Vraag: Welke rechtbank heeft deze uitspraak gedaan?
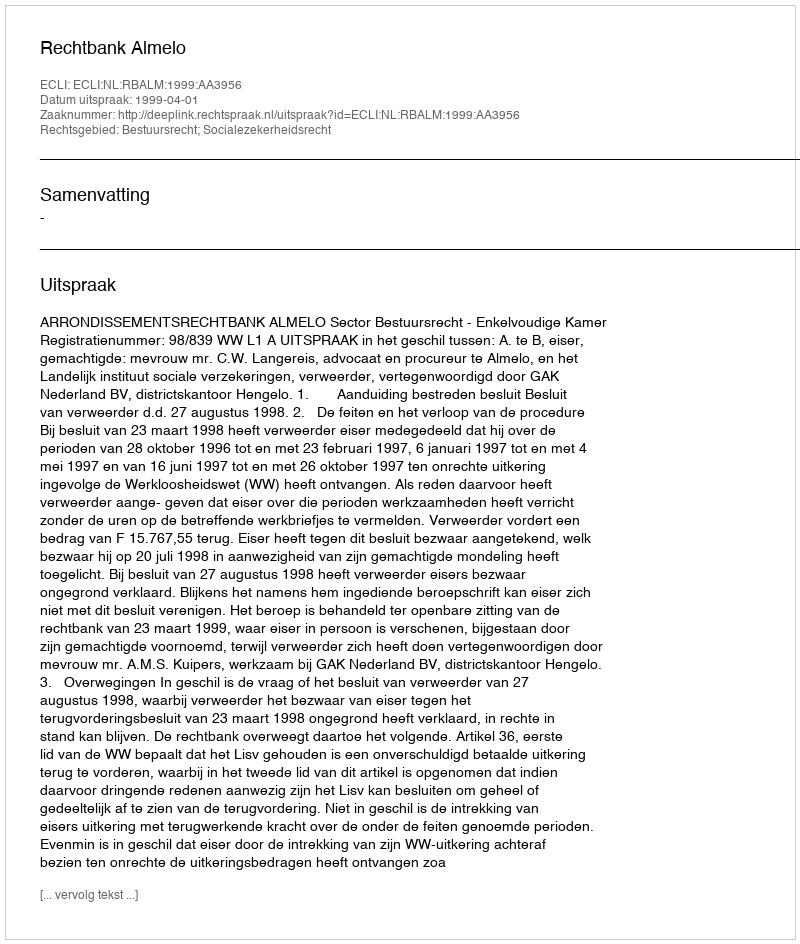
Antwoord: Rechtbank Almelo